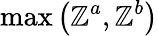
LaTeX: \operatorname*{max}{\left(\boldsymbol{\mathbb{Z}}^{a},\boldsymbol{\mathbb{Z}}^{b}\right)}